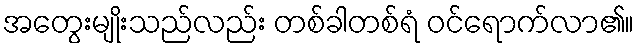
အတွေးမျိုးသည်လည်း တစ်ခါတစ်ရံ ဝင်ရောက်လာ၏။